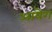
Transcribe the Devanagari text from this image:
आयेग